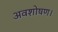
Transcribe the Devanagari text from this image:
अवशोषण।